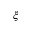
{ \boldsymbol \xi }